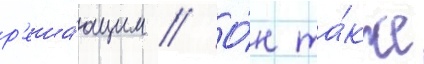
р'еша́ющим // О́н та́кже